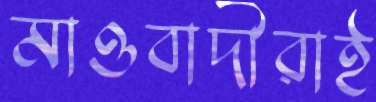
মাওবাদীরাই